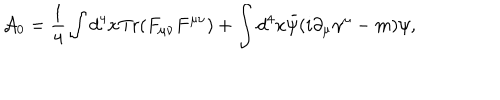
{ \cal A } _ { 0 } = \frac { 1 } { 4 } \int d ^ { 4 } x \mathrm { T r } ( F _ { \mu \nu } F ^ { \mu \nu } ) + \int d ^ { 4 } x \bar { \psi } ( i \partial _ { \mu } \gamma ^ { \mu } - m ) \psi ,